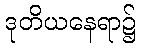
ဒုတိယနေရာ၌